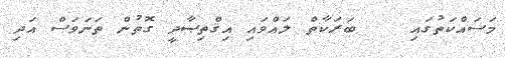
މަސައްކަތުގައި    ބަރަކާތް ލައްވައި އިޤްތިޞާދީ ގޮތުން ތަނަވަސް އަދި